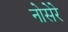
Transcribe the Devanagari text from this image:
नोसेरे